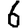
Digit: 6